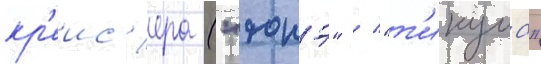
кр'еис'ера ("тонэ" / "т'икума"